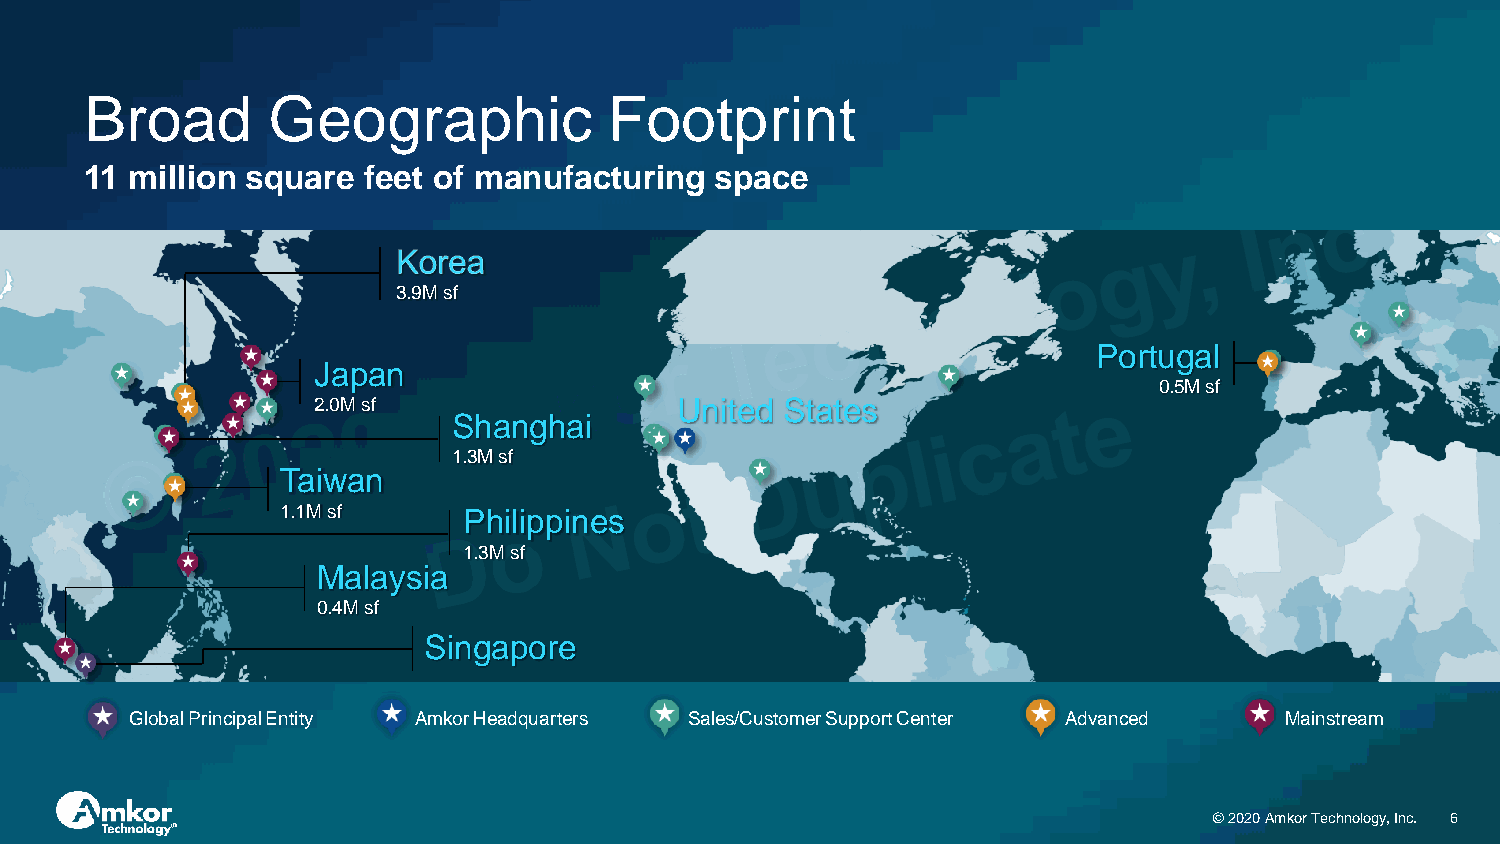
Broad       Geographic            Footprint
 11 million square feet of manufacturing  space
 3.9M sf
 Portugal
 Japan
 0.5M sf
 2.0M sf                 United States
 Shanghai
 1.3M sf
 Taiwan
 1.1M sf     Philippines
 1.3M sf
 Malaysia
 0.4M sf
 Singapore
 Global Principal Entity Amkor Headquarters Sales/Customer Support Center Advanced Mainstream
 © 2020 Amkor Technology, Inc. 6